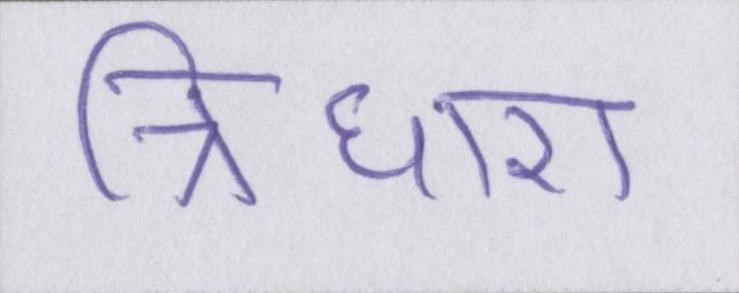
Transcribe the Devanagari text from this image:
त्रिधारा